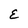
Character: E